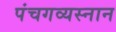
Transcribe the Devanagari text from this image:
पंचगव्यस्नान